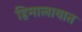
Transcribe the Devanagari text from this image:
हिमालायात